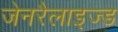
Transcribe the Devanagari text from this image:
जेनरैलाइज्ड